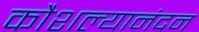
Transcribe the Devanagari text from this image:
कौशल्यानंदन